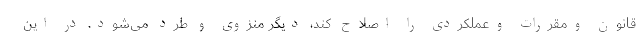
قانون ومقررات وعملکردی را اصلاح کند، دیگر منزوی و طرد می‌شود. در این